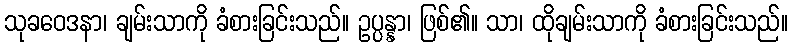
သုခဝေဒနာ၊ ချမ်းသာကို ခံစားခြင်းသည်။ ဥပ္ပန္နာ၊ ဖြစ်၏။ သာ၊ ထိုချမ်းသာကို ခံစားခြင်းသည်။